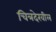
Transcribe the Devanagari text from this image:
चित्रदेखील